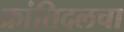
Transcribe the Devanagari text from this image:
क्रांतिदलचा